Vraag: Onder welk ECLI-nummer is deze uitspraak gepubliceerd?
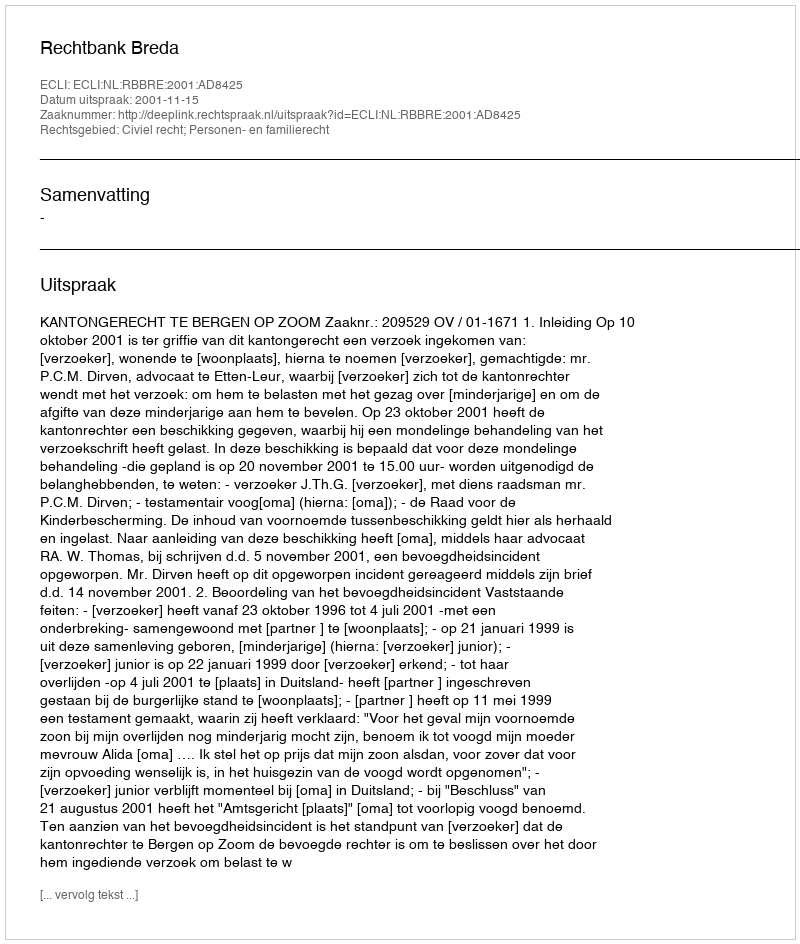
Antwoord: ECLI:NL:RBBRE:2001:AD8425